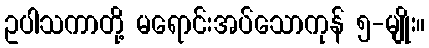
ဥပါသကာတို့ မရောင်းအပ်သောကုန် ၅-မျိုး။